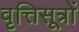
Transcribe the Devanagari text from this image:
वृत्तिसूत्रों